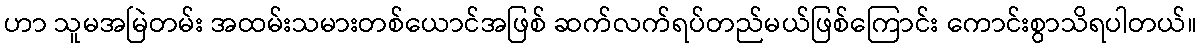
ဟာ သူမအမြဲတမ်း အထမ်းသမားတစ်ယောင်အဖြစ် ဆက်လက်ရပ်တည်မယ်ဖြစ်ကြောင်း ကောင်းစွာသိရပါတယ်။